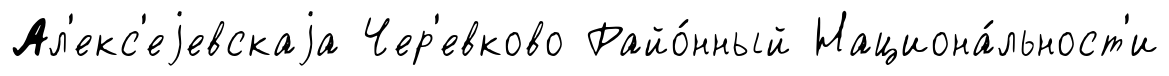
Ал'екс'еjевскаjа Чер'евково Райо́нный Национа́льност'и